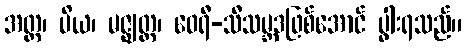
အတ္တ၊ ပိယ၊ မဇ္ဈတ္တ၊ ဝေရီ-သီသမ္ဘဒဖြစ်အောင် ပွါးရသည်။